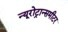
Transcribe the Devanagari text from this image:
न्यूरोट्रान्समीटर